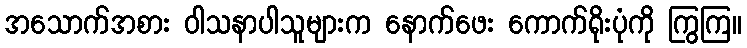
အသောက်အစား ဝါသနာပါသူများက နောက်ဖေး ကောက်ရိုးပုံကို ကြွကြ။